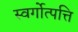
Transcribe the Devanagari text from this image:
स्वर्गोत्पत्ति